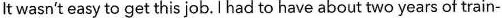
It wasn't easy to get this job.Ihad to have about two years of train-